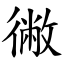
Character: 徶